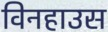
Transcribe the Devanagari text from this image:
विनहाउस